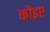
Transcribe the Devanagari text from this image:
कोइए